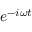
e ^ { - i \omega t }